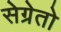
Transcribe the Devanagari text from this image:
सेग्रेतो